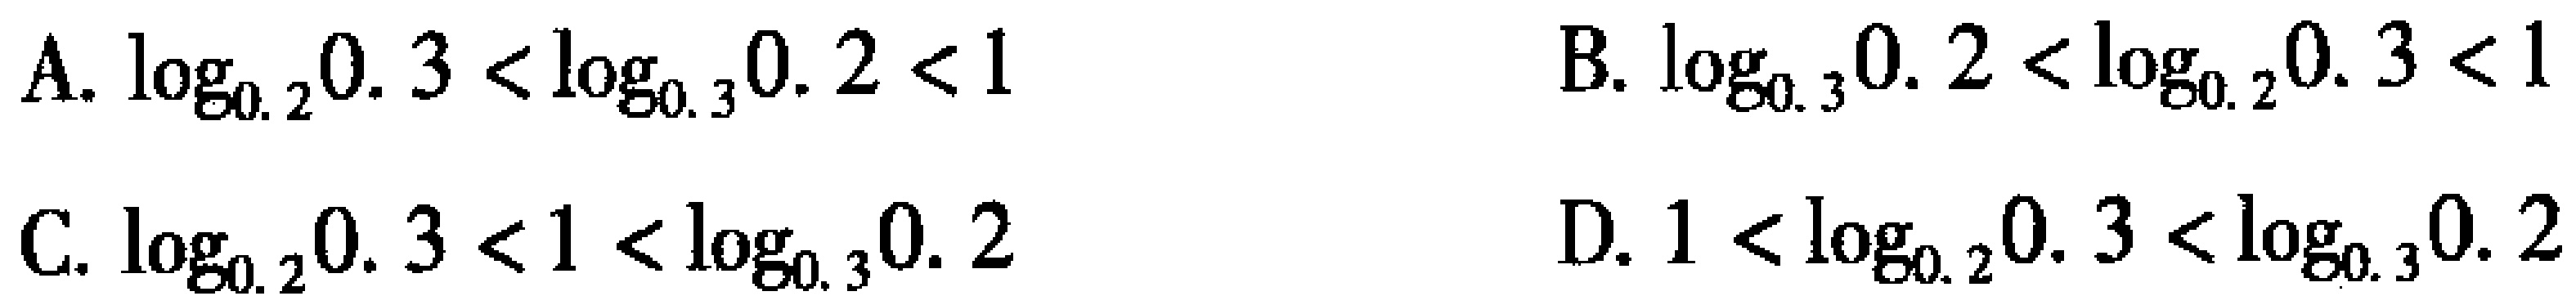
A. \(\log_{0.2}0.3 < \log_{0.3}0.2 < 1\)

B. \(\log_{0.3}0.2 < \log_{0.2}0.3 < 1\)

C. \(\log_{0.2}0.3 < 1 < \log_{0.3}0.2\)

D. \(1 < \log_{0.2}0.3 < \log_{0.3}0.2\)